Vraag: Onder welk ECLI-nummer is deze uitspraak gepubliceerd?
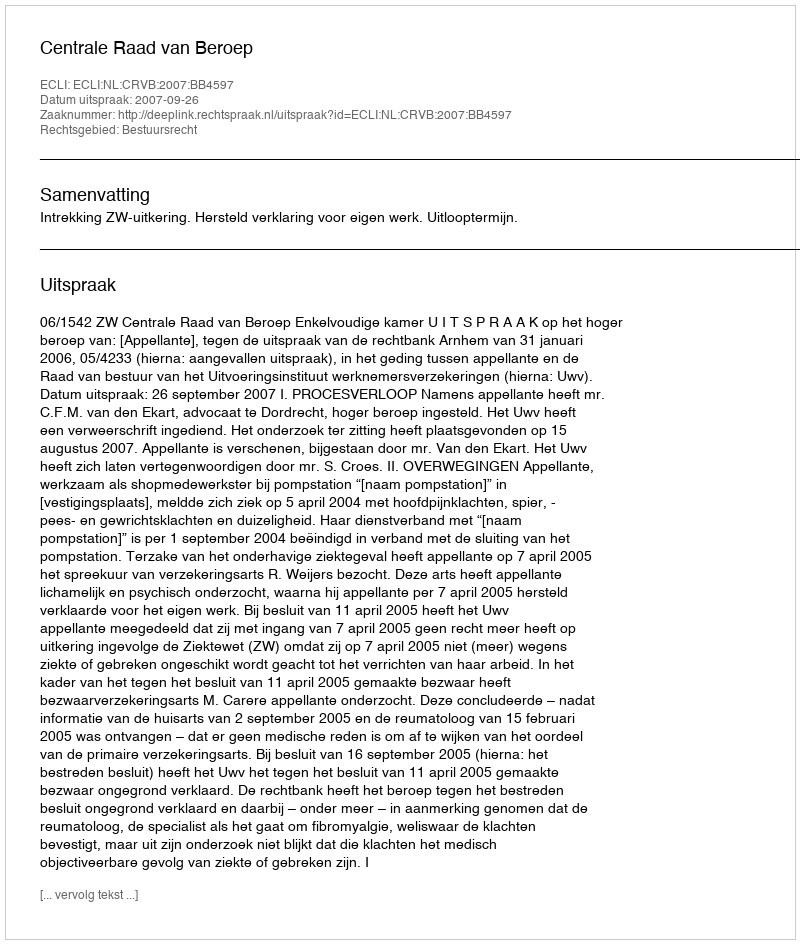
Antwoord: ECLI:NL:CRVB:2007:BB4597